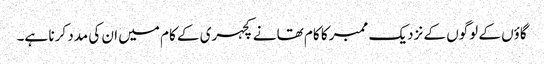
گاؤں کے لوگوں کے نزدیک ممبر کا کام تھانے کچہری کے کام میں ان کی مدد کرنا ہے۔